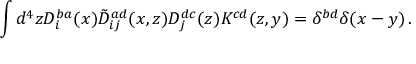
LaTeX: \int d ^ { 4 } z D _ { i } ^ { b a } ( x ) \tilde { \cal D } _ { i j } ^ { a d } ( x , z ) D _ { j } ^ { d c } ( z ) { \cal K } ^ { c d } ( z , y ) = \delta ^ { b d } \delta ( x - y ) \, .